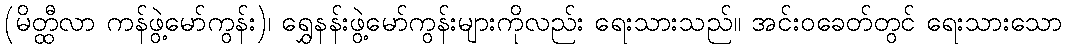
(မိတ္ထီလာ ကန်ဖွဲ့မော်ကွန်း)၊ ရွှေနန်းဖွဲ့မော်ကွန်းများကိုလည်း ရေးသားသည်။ အင်းဝခေတ်တွင် ရေးသားသော